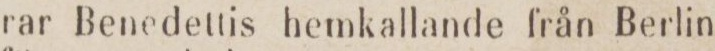
rar Benedettis hemkallande från Berlin